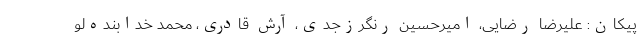
پیکان:‌ علیرضا رضایی، امیرحسین رنگرزجدی، آرش قادری، محمد خدابنده‌لو